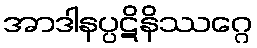
အာဒါနပ္ပဋိနိဿဂ္ဂေ